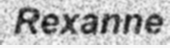
Rexanne